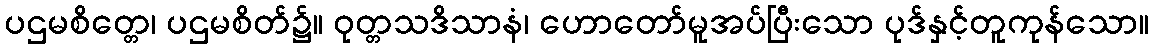
ပဌမစိတ္တေ၊ ပဌမစိတ်၌။ ဝုတ္တသဒိသာနံ၊ ဟောတော်မူအပ်ပြီးသော ပုဒ်နှင့်တူကုန်သော။